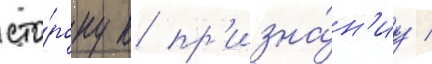
сто́рону к пр'изна́н'иу /